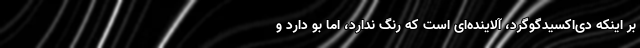
بر اینکه دی‌اکسیدگوگرد، آلاینده‌ای است که رنگ ندارد، اما بو دارد و